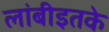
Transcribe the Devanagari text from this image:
लांबीइतके